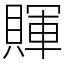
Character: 賱